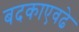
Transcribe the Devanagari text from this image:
बदकाएवढे